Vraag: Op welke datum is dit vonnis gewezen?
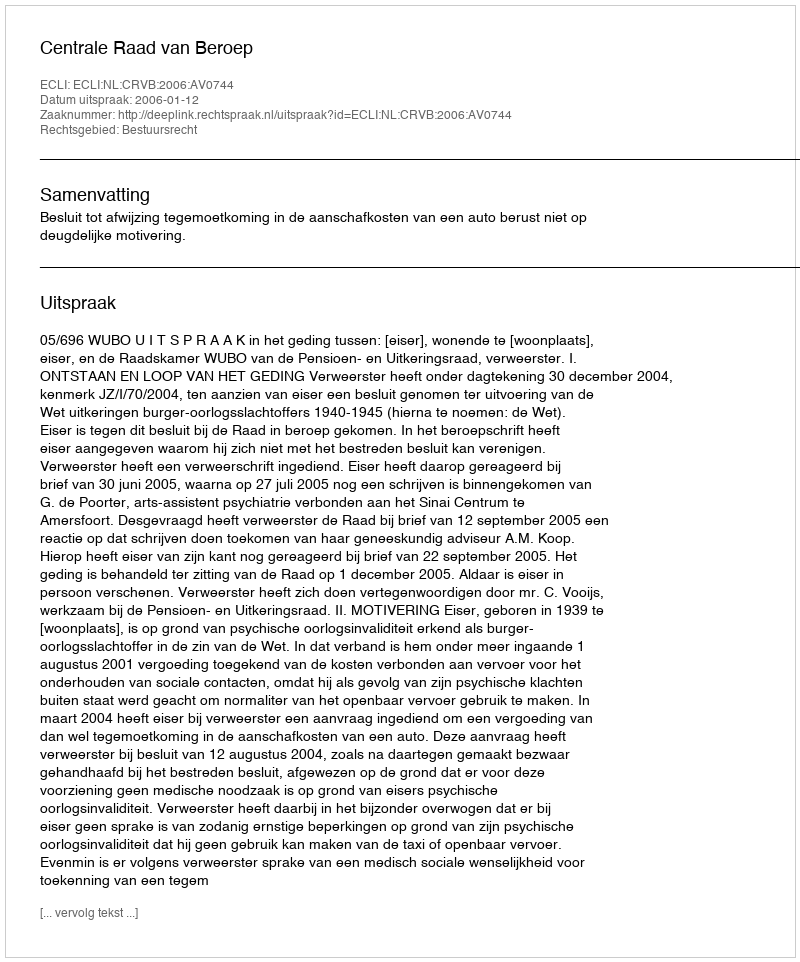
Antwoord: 2006-01-12